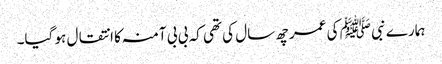
ہمارے نبی ﷺ کی عمر چھ سال کی تھی کہ بی بی آمنہ کا انتقال ہو گیا۔